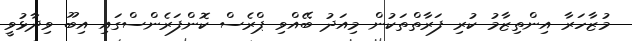
މުޒާހަރާ އިންތިޒާމު ކުރި ފަރާތްތަކުން މިއަދު ބޭއްވި ޕްރެސް ކޮންފަރެންސްގައި އިބޫ ވިދާޅުވީ